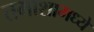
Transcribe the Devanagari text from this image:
तमाशामध्ये